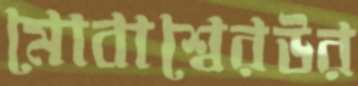
মোবাশ্বেরউর